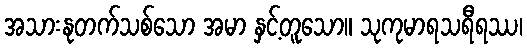
အသားနုတက်သစ်သော အမာ နှင့်တူသော။ သုကုမာရသရီရဿ၊